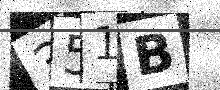
Text: 351B